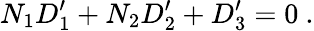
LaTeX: N_{1}D_{1}^{\prime}+N_{2}D_{2}^{\prime}+D_{3}^{\prime}=0\ .